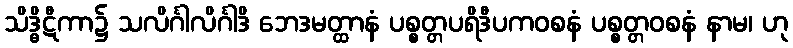
သိဒ္ဓိဋီကာ၌ သလိင်္ဂါလိင်္ဂါဒိ ဘေဒမတ္ထာနံ ပစ္စတ္တပရိဒီပကဝစနံ ပစ္စတ္တဝစနံ နာမ၊ ဟု